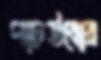
পাচউবোর